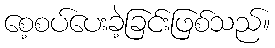
စေ့စပ်ပေးခဲ့ခြင်းဖြစ်သည်။